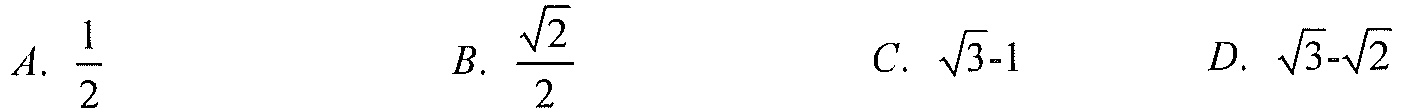
$A.\ \dfrac{1}{2}$  $B.\ \dfrac{\sqrt{2}}{2}$  $C.\ \sqrt{3}-1$  $D.\ \sqrt{3}-\sqrt{2}$